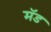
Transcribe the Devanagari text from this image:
मॅड